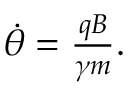
\begin{array} { r } { \dot { \theta } = \frac { q B } { \gamma m } . } \end{array}